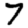
Digit: 7